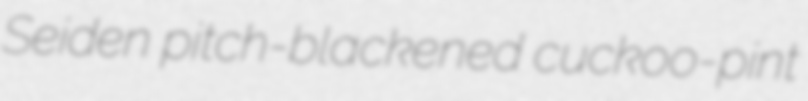
Seiden pitch-blackened cuckoo-pint